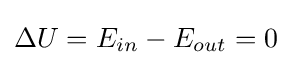
\Delta U=E_{in}-E_{out}=0